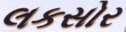
લકસોર